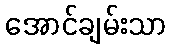
အောင်ချမ်းသာ